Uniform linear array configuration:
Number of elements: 12
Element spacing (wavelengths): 1
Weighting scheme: blackman
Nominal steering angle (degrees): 45
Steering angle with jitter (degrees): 43.603
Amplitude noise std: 0.05
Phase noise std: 0.05

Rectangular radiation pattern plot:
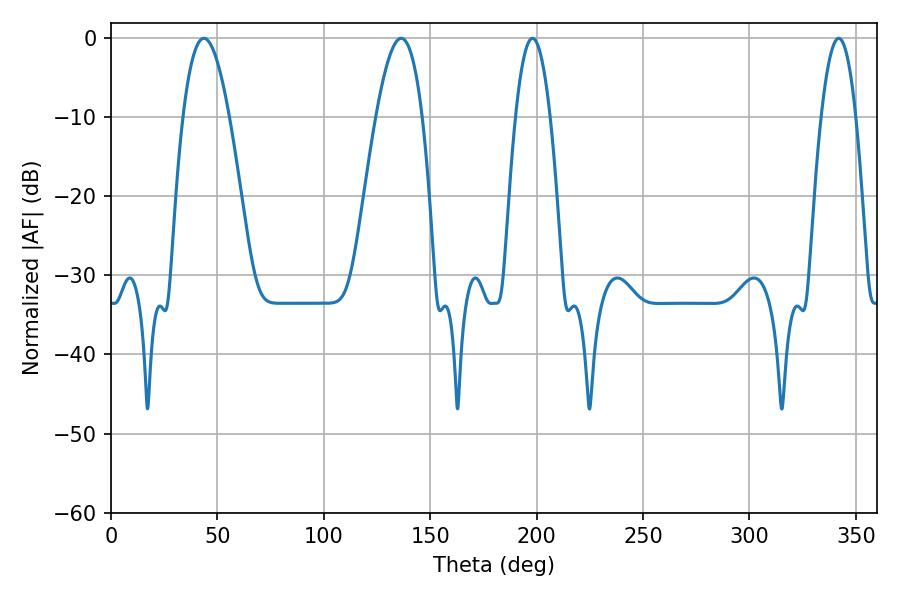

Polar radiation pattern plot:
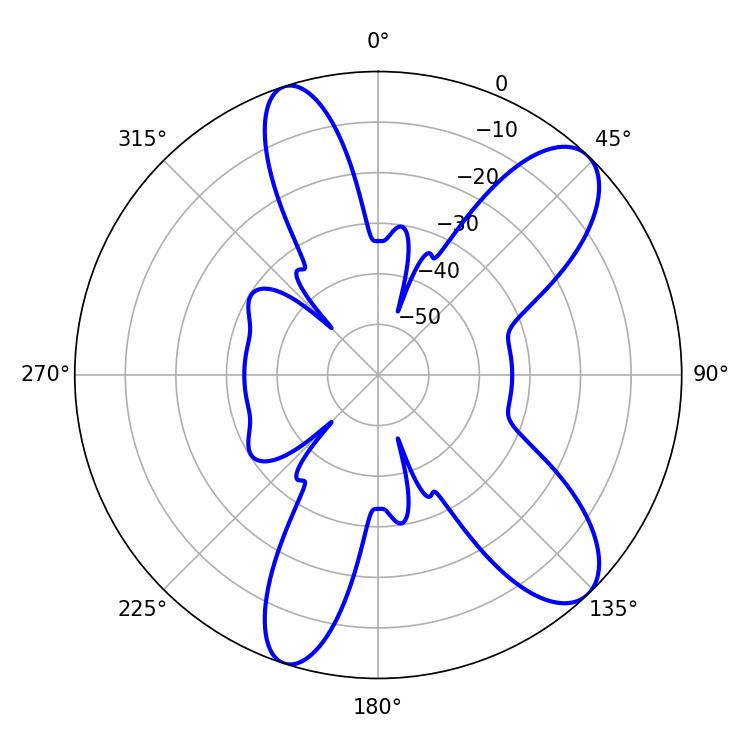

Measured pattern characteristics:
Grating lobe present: TRUE
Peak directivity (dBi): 9.854
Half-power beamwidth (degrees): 8.82
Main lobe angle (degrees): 198